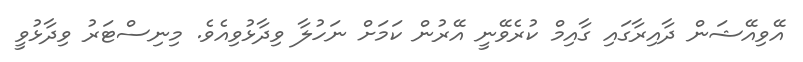
އޭވިއޭޝަން ދާއިރާގައި ގާއިމް ކުރެވޭނީ އޭރުން ކަމަށް ނަހުލާ ވިދާޅުވިއެވެ. މިނިސްޓަރު ވިދާޅުވީ